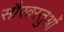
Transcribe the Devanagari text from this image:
सौरवस्तुओं